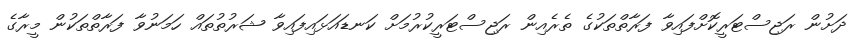
ދަށުން ރަޖިސްޓަރީކޮށްފައިވާ ފަރާތްތަކުގެ ތެރެއިން ރަޖިސްޓަރީކުރުމަށް ކަނޑައަޅައިފައިވާ ޝަރުތުތައް ހަމަނުވާ ފަރާތްތަކުން މީރާގެ